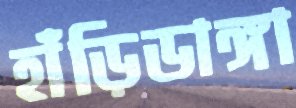
হাঁড়িডাঙ্গা